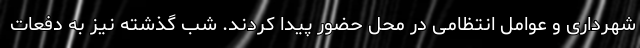
شهرداری و عوامل انتظامی در محل حضور پیدا کردند. شب گذشته نیز به دفعات